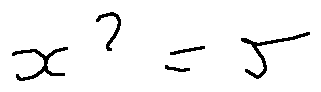
x ^ { 2 } = r